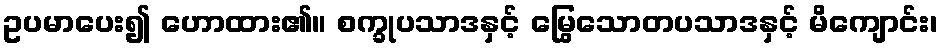
ဥပမာပေး၍ ဟောထား၏။ စက္ခုပသာဒနှင့် မြွေသောတပသာဒနှင့် မိကျောင်း၊